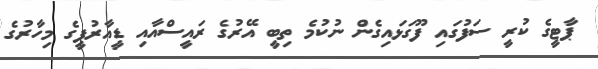
ޕާޓީގެ ކުރީ ސަފުގައި ފޫގަޅައިގެން ނުކުމެ ތިބީ އޭރުގެ ރައީސްއާއި ޑީއާރުޕީގެ މިހާރުގެ